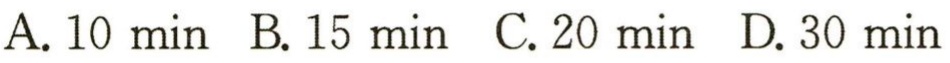
A. 10 min  B. 15 min  C. 20 min  D. 30 min